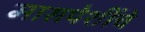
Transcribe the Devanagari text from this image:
मासपेशींचे